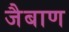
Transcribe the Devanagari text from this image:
जैबाण